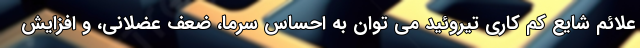
علائم شایع کم کاری تیروئید می توان به احساس سرما، ضعف عضلانی، و افزایش